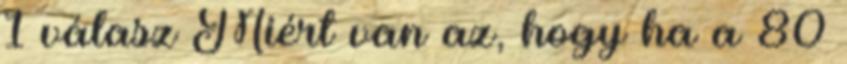
1 válasz Miért van az, hogy ha a 80